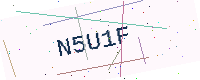
Text: N5U1F